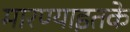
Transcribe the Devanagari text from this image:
मारण्याइतके